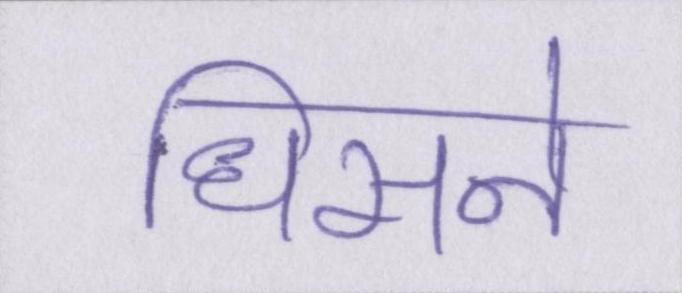
धिसने